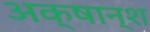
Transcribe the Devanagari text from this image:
अक्षान्श